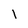
Character: l